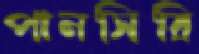
পানসিরি